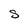
Character: S